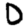
Digit: 0